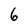
Character: 6